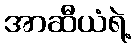
အာဆီယံရဲ့